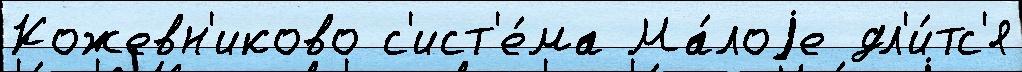
Кожевн'иково с'ист'е́ма Ма́лоjе дл'и́тс'я